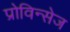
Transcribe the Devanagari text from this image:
प्रोविन्सेज